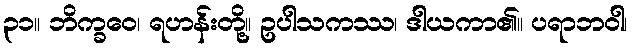
၃၁။ ဘိက္ခဝေ၊ ရဟန်းတို့။ ဥပါသကဿ၊ ဒါယကာ၏။ ပရာဘဝါ၊